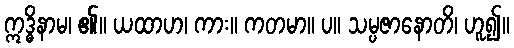
ဣဒ္ဓိနာမ၊ ၏။ ယထာဟ၊ ကား။ ကတမာ။ ပ။ သမ္ပဇာနောတိ၊ ဟူ၍။